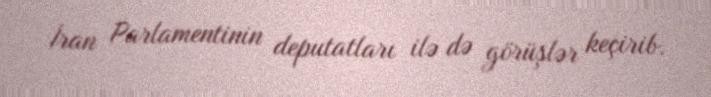
İran Parlamentinin deputatları ilə də görüşlər keçirib.